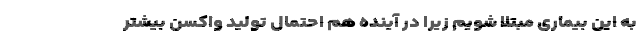
به این بیماری مبتلا شویم زیرا در آینده هم احتمال تولید واکسن بیشتر